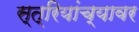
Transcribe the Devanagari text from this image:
स्त्रियांच्यावर